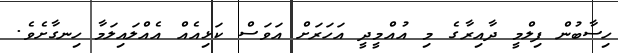
ހިސާބުން ފިލްމީ ދާއިރާގެ މި އުއްމީދީ އަހަރަށް އަވަސް ކަޅިއެއް އެއްލައިލަމާ ހިނގާށެވެ.